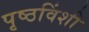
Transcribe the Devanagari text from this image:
पृष्ठविंशी